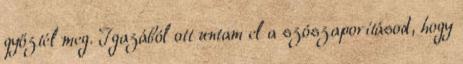
győztél meg. Igazából ott untam el a szószaporításod, hogy